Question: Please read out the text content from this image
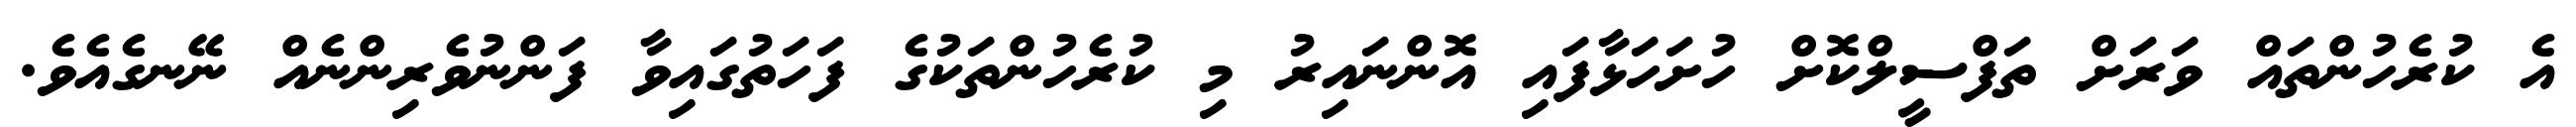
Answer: އެ ކުރެހުންތައް ވަރަށް ތަފްސީލްކޮށް ހުށަހަޅާފައި އޮންނައިރު މި ކުރެހުންތަކުގެ ފަހަތުގައިވާ ފަންނުވެރިންނެއް ނޭނގެއެވެ.